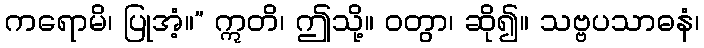
ကရောမိ၊ ပြုအံ့။” ဣတိ၊ ဤသို့။ ဝတွာ၊ ဆို၍။ သဗ္ဗပသာဓနံ၊